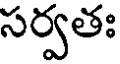
సర్వతః